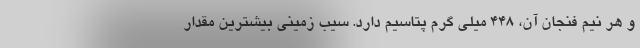
و هر نیم فنجان آن، ۴۴۸ میلی گرم پتاسیم دارد. سیب زمینی بیشترین مقدار